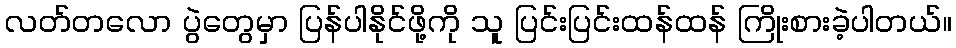
လတ်တလော ပွဲတွေမှာ ပြန်ပါနိုင်ဖို့ကို သူ ပြင်းပြင်းထန်ထန် ကြိုးစားခဲ့ပါတယ်။